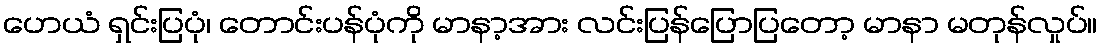
ဟေယံ ရှင်းပြပုံ၊ တောင်းပန်ပုံကို မာနာ့အား လင်းပြန်ပြောပြတော့ မာနာ မတုန်လှုပ်။